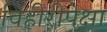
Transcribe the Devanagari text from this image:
विहीरीपेक्षा